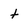
Character: t